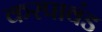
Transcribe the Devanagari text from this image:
करपावंड